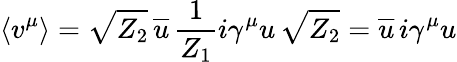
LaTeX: \langle v^{\mu}\rangle=\sqrt{Z_{2}}\, \overline{{{u}}}\, {\frac{1}{Z_{1}}}i\gamma^{\mu}u\, \sqrt{Z_{2}}=\overline{{{u}}}\, i\gamma^{\mu}u